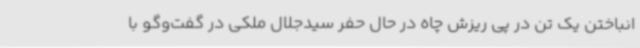
انباختن یک تن در پی ریزش چاه در حال حفر سیدجلال ملکی در گفت‌وگو با